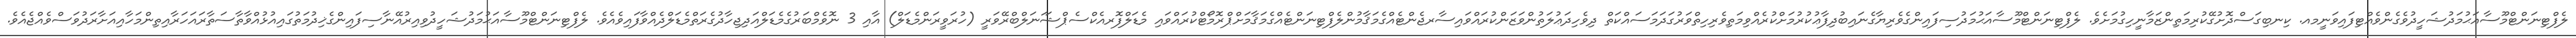
ލެފްޓިނަންޓްމޫސާއަޙުމަދުޝަހީދުވެގެންވެއްޓިފައިވަނީމއ. ކިނބިގަސްދޮށުގޭކުރިމަތިންޒަމާނީހިގުމަށެވެ. ލެފްޓިނަންޓްމޫސާއަޙުމަދުސިފައިންގެވެރިޔާގެނައިބުދިފާޢުކުރުމަށްކުރެއްވިމަތިވެރިހިތްވަރުގަދަމަސައްކަތް ދިވެހިދަޢުލަތުންވަޒަންކުރައްވައިސާރޖެންޓެއްގެމަޤާމުންލެފްޓިނަންޓެއްގެމަޤާމަށްޕްރޮމޯޓްކުރައްވައި މެޑަލްފޮރއެކްސެޕްޝަަނަލްބްރޭވަރީ (ހުރަވީރަންމެޑަލް) އާއި 3 ނޮވެމްބަރުގެމެޑަލްއަދިޖިހާދުގެރަތްމެޑަލްދެއްވާފައިވެއެވެ. ލެފްޓިނަންޓްމޫސާއަޙުމަދުޝަހީދުވިއިރުއޭނާސިފައިންގެޚިދުމަތުގައިއުޅުއްވާތާސަތާރައަހަރާއިތިންމަހާއިއަށާރަދުވަސްވެއްޖެއެވެ.